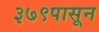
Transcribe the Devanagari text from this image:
३७९पासून